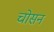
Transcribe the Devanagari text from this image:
चोसन